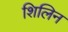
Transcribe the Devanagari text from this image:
शिलिन